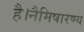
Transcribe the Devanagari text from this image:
है।नैमिषारण्य